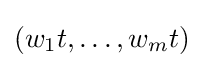
(w_{1}t,\ldots ,w_{m}t)